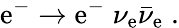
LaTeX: \mathrm{e}^{-}\to\mathrm{e}^{-}\; \nu_{\mathrm{e}}\bar{{\nu}}_{\mathrm{e}}\; .